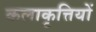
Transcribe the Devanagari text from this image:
कलाकृत्तियों